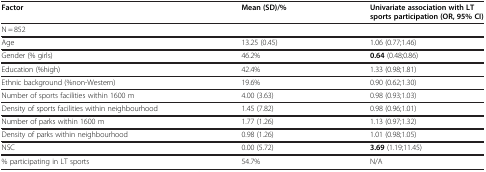
<table><thead><tr><td><b>Factor</b></td><td><b>Mean (SD)/%</b></td><td><b>Univariate association with LT sports participation (OR, 95% CI)</b></td></tr></thead><tbody><tr><td>N = 852</td><td> </td><td> </td></tr><tr><td>Age</td><td>13.25 (0.45)</td><td>1.06 (0.77;1.46)</td></tr><tr><td>Gender (% girls)</td><td>46.2%</td><td><b>0.64</b> (0.48;0.86)</td></tr><tr><td>Education (%high)</td><td>42.4%</td><td>1.33 (0.98;1.81)</td></tr><tr><td>Ethnic background (%non-Western)</td><td>19.6%</td><td>0.90 (0.62;1.30)</td></tr><tr><td>Number of sports facilities within 1600 m</td><td>4.00 (3.63)</td><td>0.98 (0.93;1.03)</td></tr><tr><td>Density of sports facilities within neighbourhood</td><td>1.45 (7.82)</td><td>0.98 (0.96;1.01)</td></tr><tr><td>Number of parks within 1600 m</td><td>1.77 (1.26)</td><td>1.13 (0.97;1.32)</td></tr><tr><td>Density of parks within neighbourhood</td><td>0.98 (1.26)</td><td>1.01 (0.98;1.05)</td></tr><tr><td>NSC</td><td>0.00 (5.72)</td><td><b>3.69</b> (1.19;11.45)</td></tr><tr><td>% participating in LT sports</td><td>54.7%</td><td>N/A</td></tr></tbody></table>